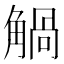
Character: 𧤐